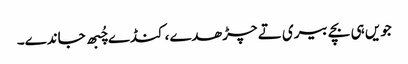
جویں ہی بچے بیری تے چڑھدے، کنڈے چُبھ جاندے۔